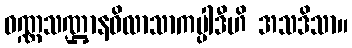
ဝဏ္ဏသဏ္ဌာနဝိလာသာကပ္ပါဒီဟိ အသဒိသာ။